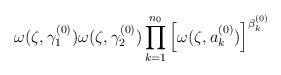
LaTeX: \begin{align*}\omega(\zeta,\gamma_{1}^{(0)}) \omega(\zeta,\gamma_{2}^{(0)}) \prod_{k=1}^{n_0} \left[\omega(\zeta,a_{k}^{(0)})\right]^{\beta_k^{(0)}}\end{align*}